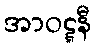
အာဝဋ္ဋနီ